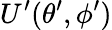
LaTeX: U^{\prime}(\theta^{\prime},\phi^{\prime})